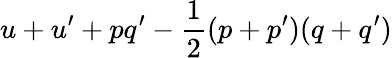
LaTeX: u+u^{\prime}+pq^{\prime}-{\frac{1}{2}}(p+p^{\prime})(q+q^{\prime})